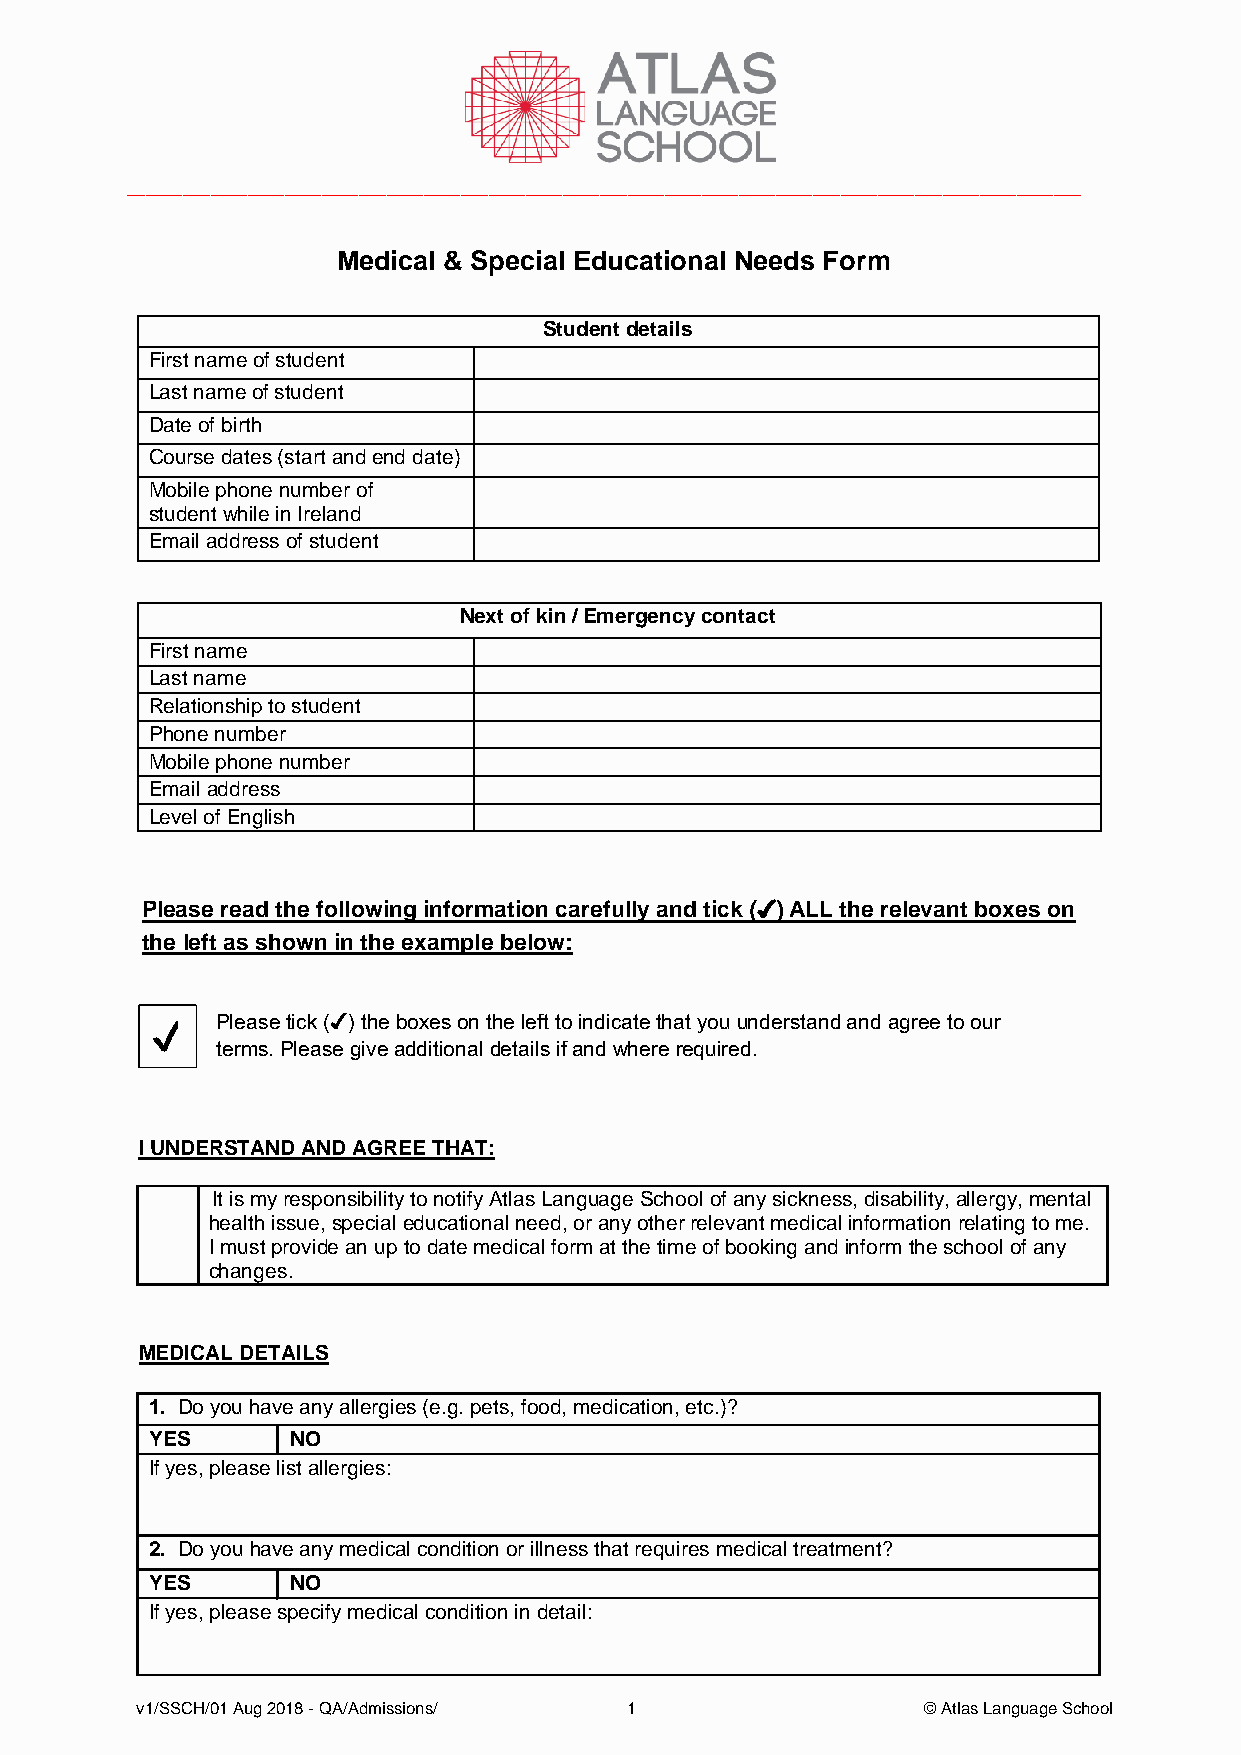
_______________________________________________________________________________________________________
 Medical & Special Educational Needs Form
 Student details
 First name of student
 Last name of student
 Date of birth
 Course dates (start and end date)
 Mobile phone number of
 student while in Ireland
 Email address of student
 Next of kin / Emergency contact
 First name
 Last name
 Relationship to student
 Phone number
 Mobile phone number
 Email address
 Level of English
 Please read the following information carefully and tick (✔) ALL the relevant boxes on
 the left as shown in the example below:
 Please tick (✔) the boxes on the left to indicate that you understand and agree to our
 ✔   terms. Please give additional details if and where required.
 I UNDERSTAND AND AGREE THAT:
 It is my responsibility to notify Atlas Language School of any sickness, disability, allergy, mental
 health issue, special educational need, or any other relevant medical information relating to me.
 I must provide an up to date medical form at the time of booking and inform the school of any
 changes.
 MEDICAL DETAILS
 1. Do you have any allergies (e.g. pets, food, medication, etc.)?
 YES      NO
 If yes, please list allergies:
 2. Do you have any medical condition or illness that requires medical treatment?
 YES      NO
 If yes, please specify medical condition in detail:
 v1/SSCH/01 Aug 2018 - QA/Admissions/ 1              © Atlas Language School